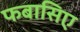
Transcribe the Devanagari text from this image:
फबासिए